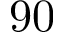
9 0